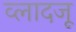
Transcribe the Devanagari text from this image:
व्लादजू